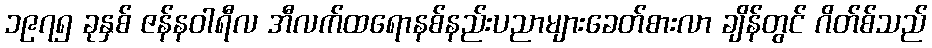
၁၉၇၅ ခုနှစ် ဇန်နဝါရီလ အီလက်ထရောနစ်နည်းပညာများခေတ်စားလာ ချိန်တွင် ဂိတ်စ်သည်